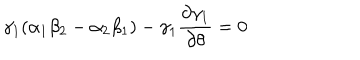
\gamma _ { 1 } ( \alpha _ { 1 } \beta _ { 2 } - \alpha _ { 2 } \beta _ { 1 } ) - \gamma _ { 1 } \frac { \partial \gamma _ { 1 } } { \partial \theta } = 0